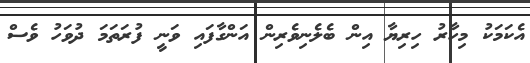
އެކަމަކު މިހާރު ހިރިޔާ އިން ބެލެނިވެރިން އަންގާފައި ވަނީ ފުރަތަމަ ދުވަހު ވެސް